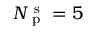
N _ { \mathrm { ~ p ~ } } ^ { \mathrm { ~ s ~ } } = 5